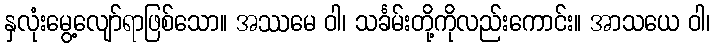
နှလုံးမွေ့လျော်ရာဖြစ်သော။ အဿမေ ဝါ၊ သင်္ခမ်းတို့ကိုလည်းကောင်း။ အာသယေ ဝါ၊